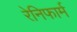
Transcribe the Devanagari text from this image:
रेनिफार्म